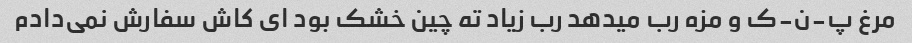
مرغ پ-ن-ک و مزه رب میدهد رب زیاد ته چین خشک بود ای کاش سفارش نمی‌دادم